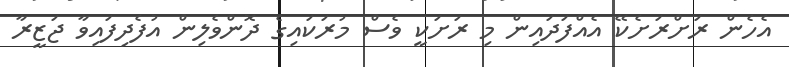
އެހެން ރަށްރަށެކޭ އެއްފަދައިން މި ރަށަކީ ވެސް މުރަކައިގެ ދޮންވެލިން އުފެދިފައިވާ ޖަޒީރާ